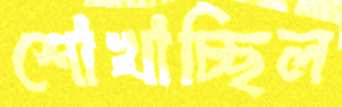
শোখাচ্ছিল